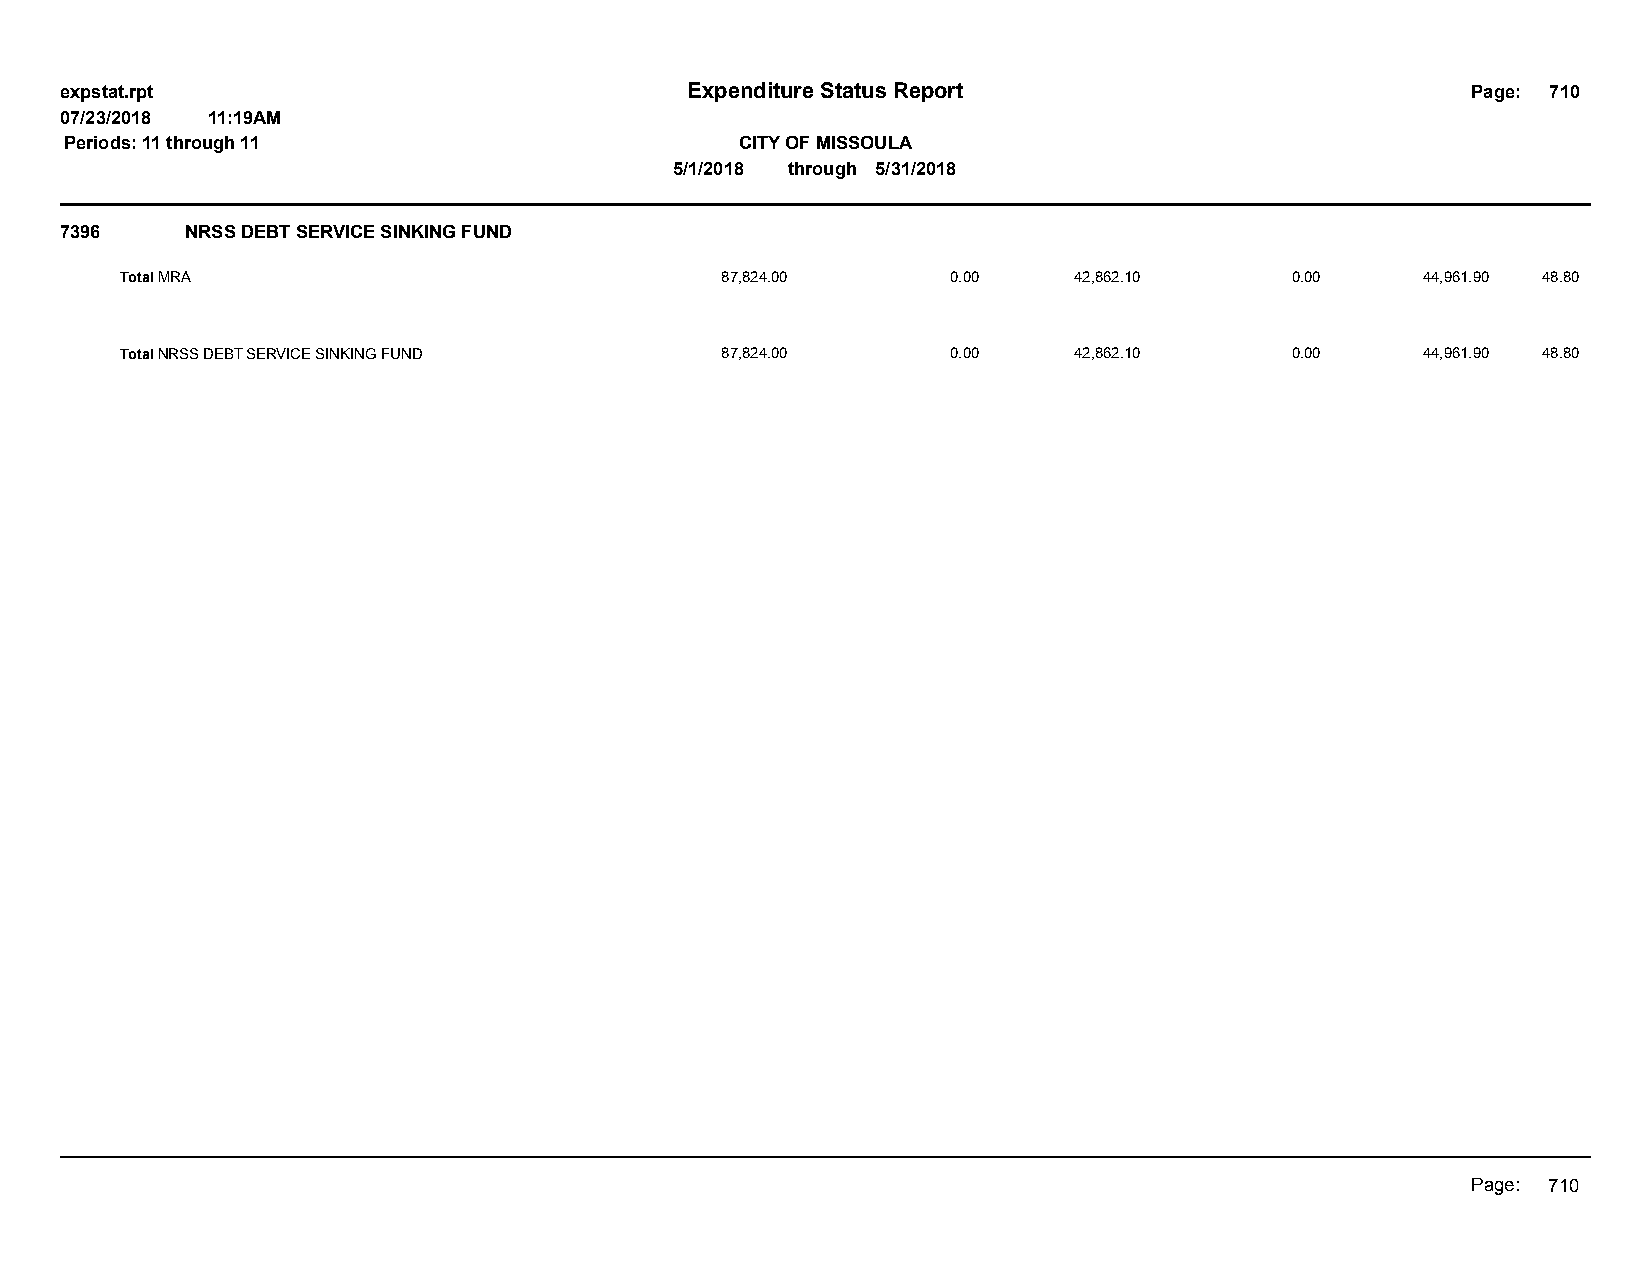
expstat.rpt                              Expenditure Status Report                           Page: 710
 07/23/2018 11:19AM
 Periods: 11 through 11                       CITY OF MISSOULA
 5/1/2018 through 5/31/2018
 7396    NRSS DEBT SERVICE SINKING FUND
 Total MRA                               87,824.00      0.00    42,862.10     0.00     44,961.90 48.80
 Total NRSS DEBT SERVICE SINKING FUND    87,824.00      0.00    42,862.10     0.00     44,961.90 48.80
 Page: 710